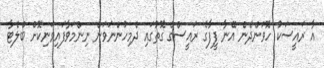
އާ ރައީސަކު ހޮވަންދެން އޭނާ ފީފާގެ ރައީސްގެ ގޮތުގައި ދެމިހުންނަވަން ނިންމަވާފައިވަނިކޮށް ބްލެޓާ